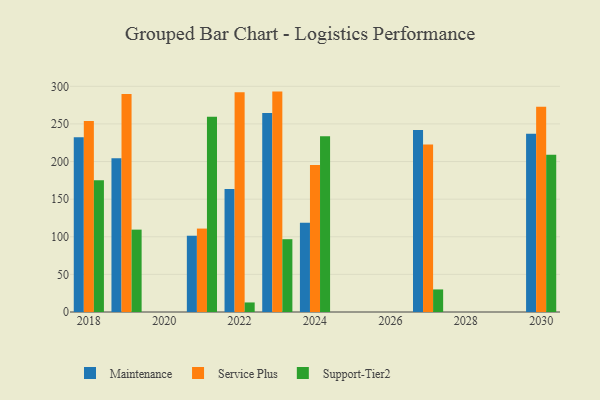
{"axis": {"x": "Year", "y": "Conversion Rate (%)"}, "legend": ["Maintenance", "Service Plus", "Support-Tier2"], "data": [{"x": "2022", "y": 163.4, "type": "Maintenance"}, {"x": "2022", "y": 292.1, "type": "Service Plus"}, {"x": "2022", "y": 12.7, "type": "Support-Tier2"}, {"x": "2027", "y": 242.1, "type": "Maintenance"}, {"x": "2027", "y": 222.8, "type": "Service Plus"}, {"x": "2027", "y": 30.0, "type": "Support-Tier2"}, {"x": "2030", "y": 236.8, "type": "Maintenance"}, {"x": "2030", "y": 272.9, "type": "Service Plus"}, {"x": "2030", "y": 209.0, "type": "Support-Tier2"}, {"x": "2023", "y": 264.7, "type": "Maintenance"}, {"x": "2023", "y": 293.0, "type": "Service Plus"}, {"x": "2023", "y": 96.8, "type": "Support-Tier2"}, {"x": "2021", "y": 101.4, "type": "Maintenance"}, {"x": "2021", "y": 110.9, "type": "Service Plus"}, {"x": "2021", "y": 259.6, "type": "Support-Tier2"}, {"x": "2019", "y": 204.3, "type": "Maintenance"}, {"x": "2019", "y": 289.7, "type": "Service Plus"}, {"x": "2019", "y": 109.5, "type": "Support-Tier2"}, {"x": "2018", "y": 232.2, "type": "Maintenance"}, {"x": "2018", "y": 253.9, "type": "Service Plus"}, {"x": "2018", "y": 175.3, "type": "Support-Tier2"}, {"x": "2024", "y": 118.5, "type": "Maintenance"}, {"x": "2024", "y": 195.5, "type": "Service Plus"}, {"x": "2024", "y": 233.8, "type": "Support-Tier2"}]}